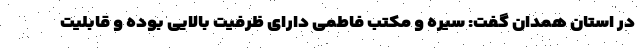
در استان همدان گفت: سیره و مکتب فاطمی دارای ظرفیت بالایی بوده و قابلیت